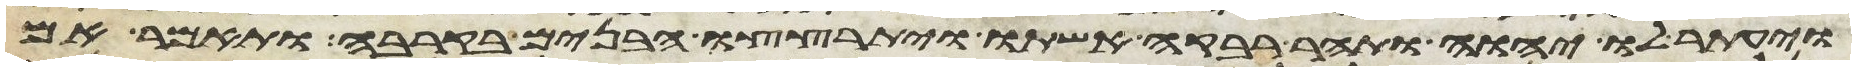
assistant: ויעתר לו יהוה ותהר רבקה אשתו ויתרצצו הבנים בקרבה ותאמר אם